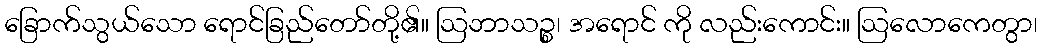
ခြောက်သွယ်သော ရောင်ခြည်တော်တို့၏။ ဩဘာသဉ္စ၊ အရောင် ကို လည်းကောင်း။ ဩလောကေတွာ၊